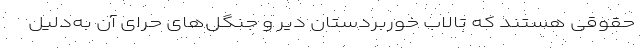
حقوقی هستند که تالاب خوربردستان دیّر و جنگل‌های حرّای آن به‌دلیل